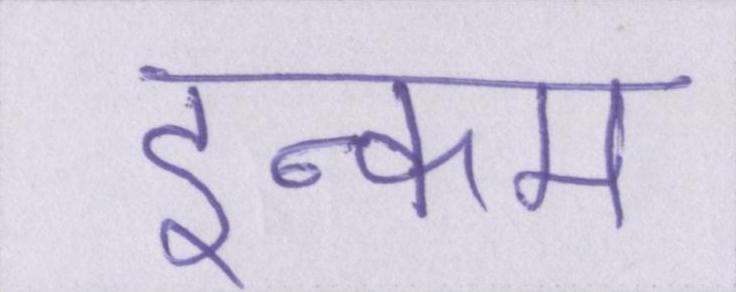
इन्कम